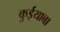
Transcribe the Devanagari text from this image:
कुईयाबा